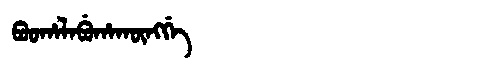
Manchu: ᠪᠣᠣᡥᠠᠯᠠᠪᡠᡥᠠᡴᡡᠩᡤᡝ
Romanization: BOOHALABUHAKŪNGGE